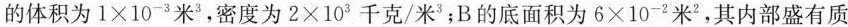
的体积为$$1 \times 1 0 ^ { - 3 } 米 ^ { 3 }$$，密度为$$2 \times 1 0 3 千 克 / 米 ^ { 3 }$$；B的底面积为$$6 \times 1 0 ^ { - 2 }米 ^ { 2 }$$，其内部盛有质